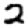
Digit: 2